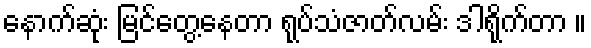
နောက်ဆုံး မြင်တွေ့နေတာ ရုပ်သံဇာတ်လမ်း ဒါရိုက်တာ ။